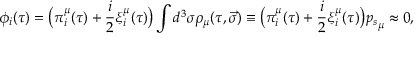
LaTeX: \phi _ { i } ( \tau ) = \big ( \pi _ { i } ^ { \mu } ( \tau ) + \frac i 2 \xi _ { i } ^ { \mu } ( \tau ) \big ) \int { d ^ { 3 } \sigma \rho _ { \mu } ( \tau , \vec { \sigma } ) \equiv \big ( \pi _ { i } ^ { \mu } ( \tau ) + \frac i 2 \xi _ { i } ^ { \mu } ( \tau ) \big ) { p _ { s } } _ { \mu } } \approx 0 ,